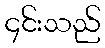
၄င်းသည်